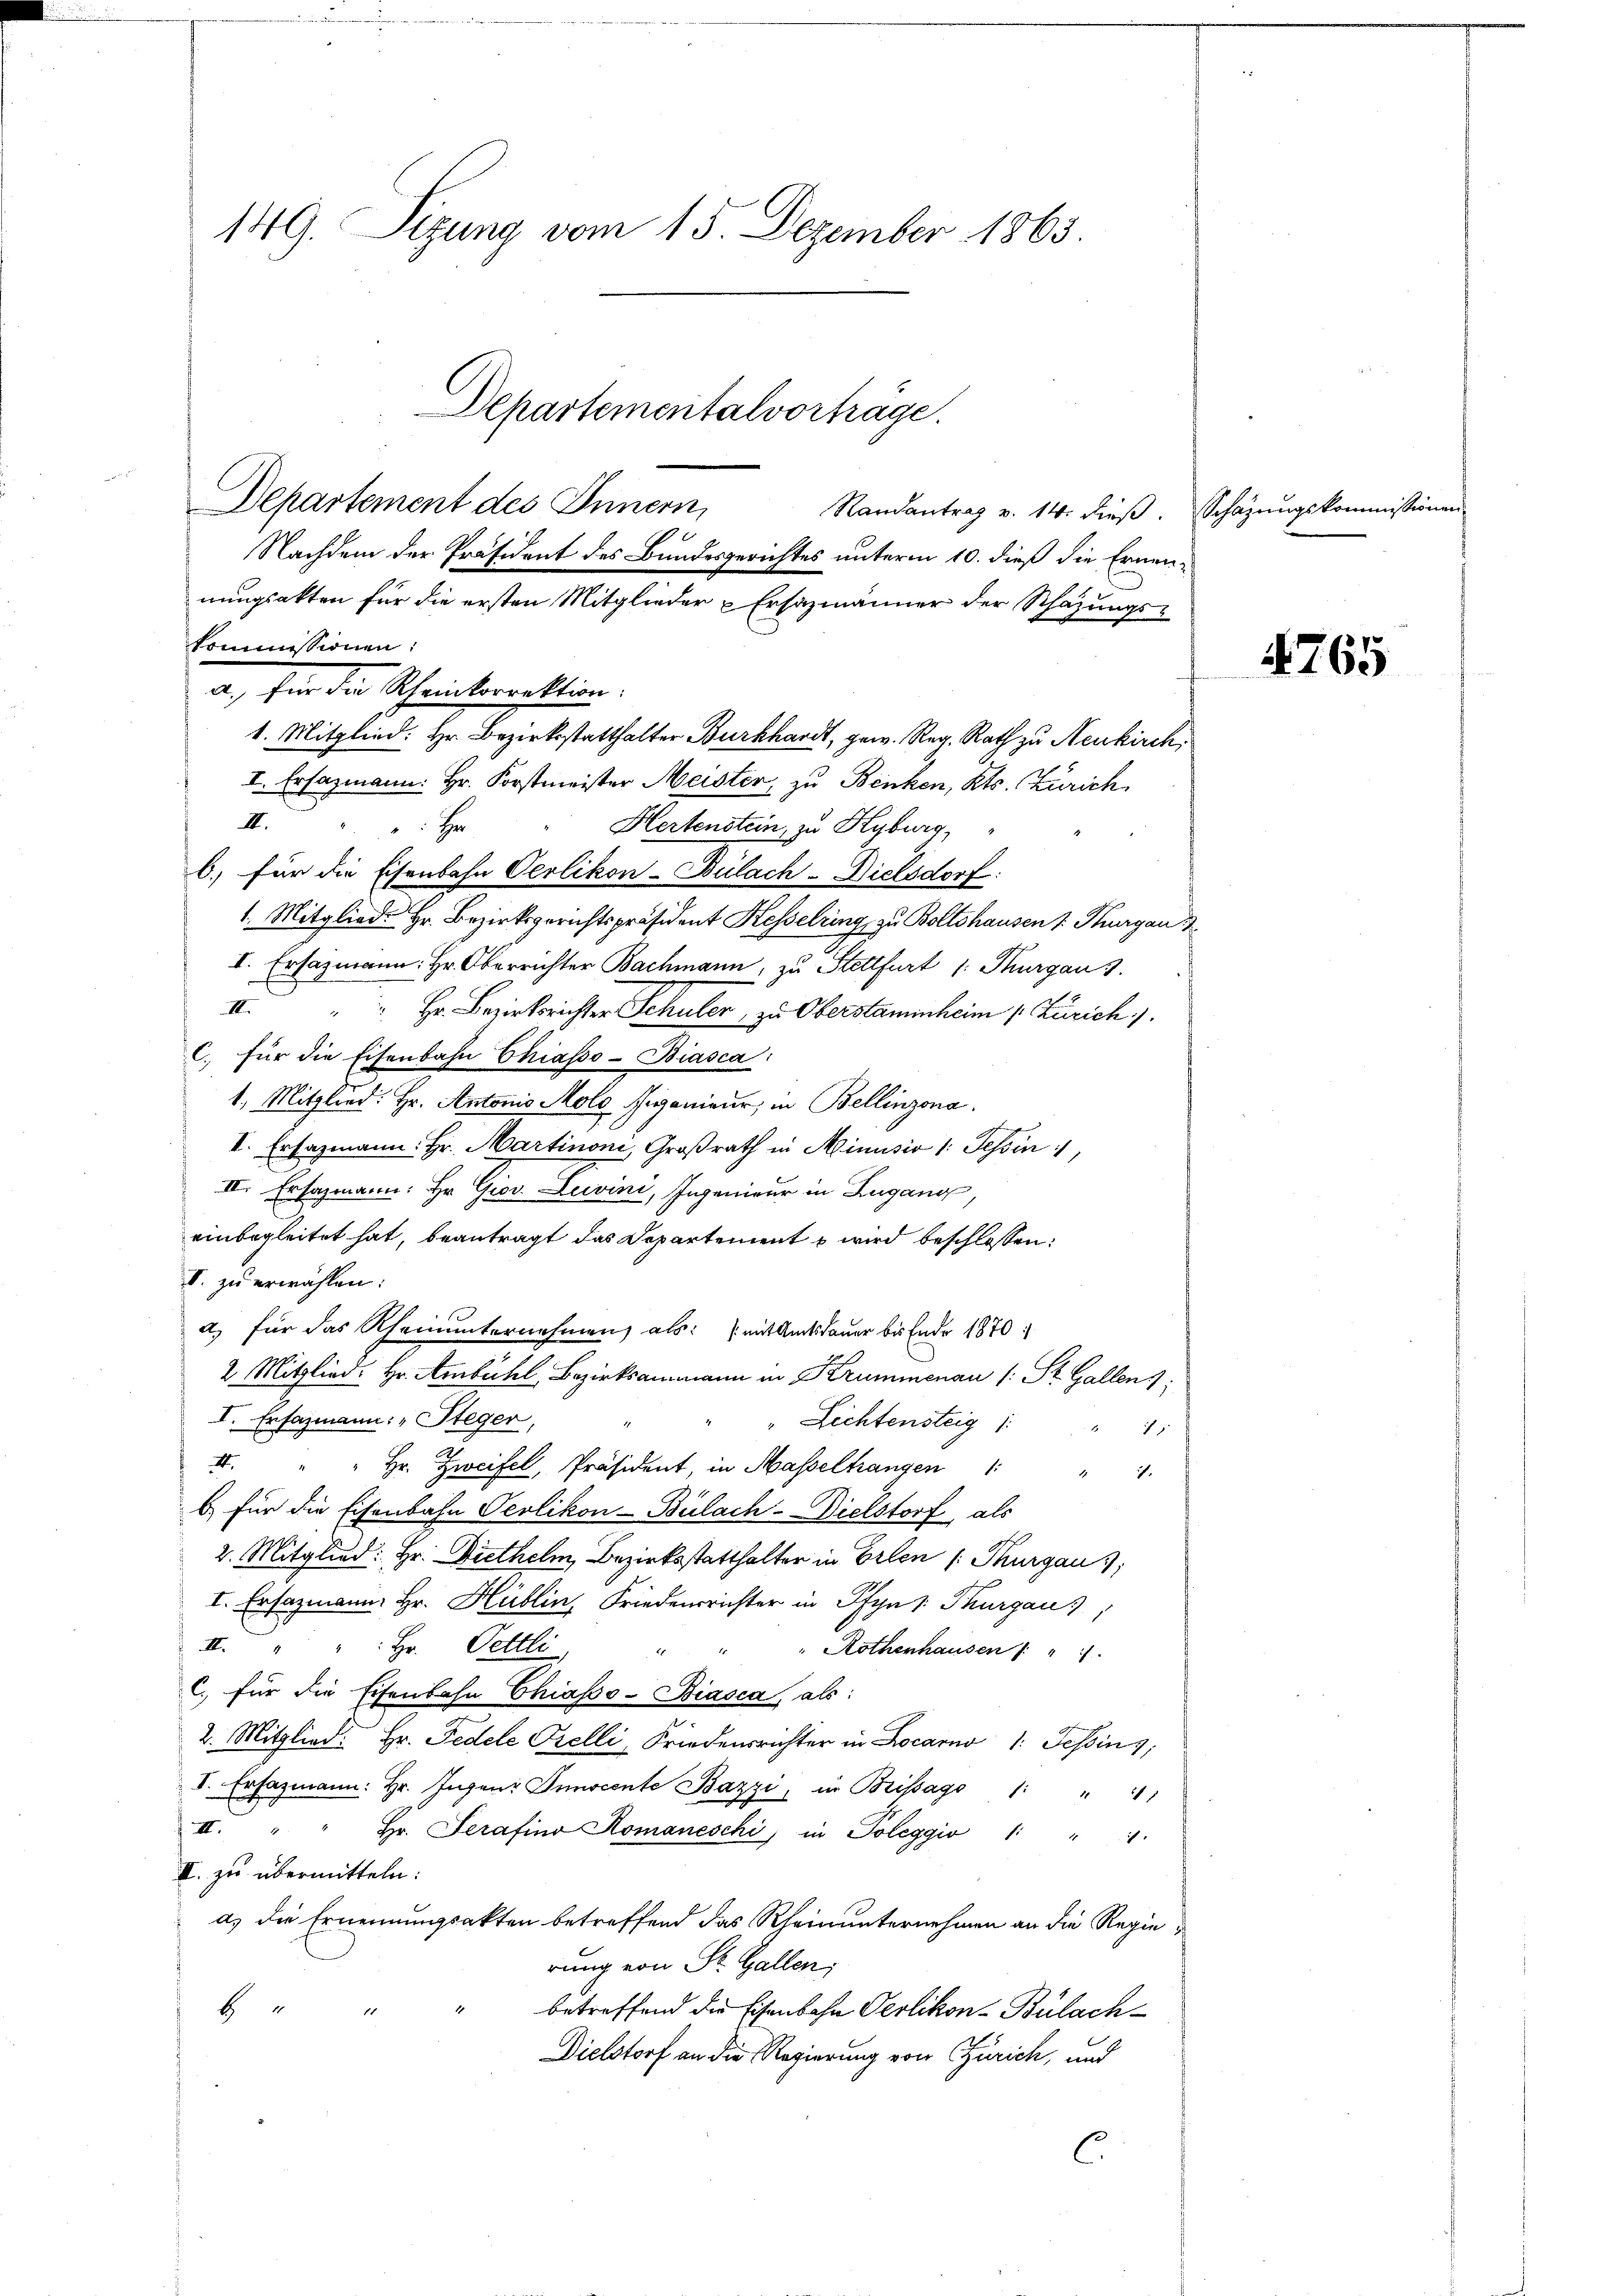
149. Sizung vom 15. Dezember 1865
Departementalvorträge
Departement des Innern,
Randantrag v. 14. dieß. Schazungskommissionen
d
Nachdem der Präsident des Bundesgerichtes unterm 10. dieß die Ernennungsakten für die ersten Mitglieder Ersazmänner der Schazungs¬

kommissionen:
a) von der Steinkorrektion.
1. Mitglied. Hr. Bezirksstatthalter Burkhardt, gew. Reg. Rath zu Neukirch,

I. Ersazmann. Hr. Forstmeister Meister, zu Benken, Kts. Zürich
III.
Hertenstein, zu Kyburg,
E
b) für die Eisenbahn Oerlikon-Bülach - Dielsdorf
1. Mitglied Hr. Bezirksgerichtspräsident Kesselring zu Boltshausen z. Thurgau
I. Ersazmann. Hr. Oberrichter Bachmann, zu Stettfurt 1. Thurgau 3.
III.
 Hr. Bezirksrichter Schuler, zu Oberstammheim s. Zürich).
C. für die Eisenbahn Chiasso-Biasca
1.) Mitglied: Hr. Antonio Molo Pionieur, in Bellinzona.
I. Ersazmann: Hr. Martinoni, Großrath in Minusio 1: Tessin,
II. Ersazmann: Hr. Giov. Luvini, Ingenieur in Lugang,
einbegleitet hat, beantragt das Departement wird beschlossen:
I. zu erwählen:
a) für das Rheinunternehmen, als: (mit Amtsdauer bis Ende 1870
2 Mitglied: Hr. Ambühl, Bezirksammann in Krummenau (: St. Gallens:
I. Ersazmann: „Steger,
Lichtensteig

.
Hr. Zweifel, Präsident, in Masseltrangen 1 " 1
b.) Für die Eisenbahn Oerlikon-Bülach-Dielstorf, als
2. Mitglied: Hr. Diethelm, Bezirksstatthalter in Erlen (: Thurgau,
I. Ersatzmann Hr. Hüblin, Friedensrichter in Pfyns: Thurgau
III.
Hr. Pettli
Rothenhausen   "
1
C. für die Eisenbahn Chiasso-Biasca, als:
2. Mitglied. Hr. Fedele Prelli, Friedensrichter in Locarno 1. Tessin,
V. Ersazmann: hr. Ingen Sinocente Bazzi, in Brissago 1: " 11
II. " " hr. Serafino Romaneschi in Poleggio 1 " "
I. zu übermitteln:
a) die Ernennungsakten betreffend das Rheinunternehmen an die Regierung von St. Gallen;
" betreffend die Eisenbahn Oerlikon-Bülach-
b
Dielstorf an die Regierung von Zürich, und
C.

4765